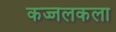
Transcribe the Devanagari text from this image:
कज्जलकला